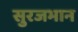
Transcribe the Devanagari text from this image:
सुरजभान